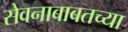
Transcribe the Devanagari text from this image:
सेवनाबाबतच्या